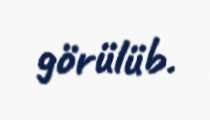
görülüb.